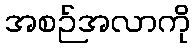
အစဉ်အလာကို